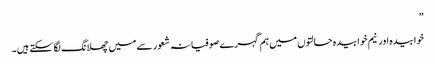
”
خوابیدہ اور نیم خوابیدہ حالتوں میں ہم گہرے صوفیانہ شعور سے میں چھلانگ لگا سکتے ہیں۔